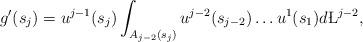
LaTeX: \begin{align*} g'(s_j)= u^{j-1} (s_{j}) \int_{A_{j-2}(s_j) } u^ {j-2} (s_{j-2} )\dots u^1 (s_{1} ) d\L^{j-2},\end{align*}